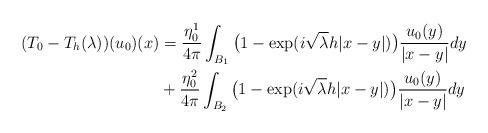
LaTeX: \begin{align*}(T_0-T_h(\lambda))(u_0)(x)&=\frac{\eta_0^1}{4\pi}\int_{B_1}\big(1-\exp({i\sqrt{\lambda}h|x-y|)}\big) \frac{u_0(y)}{|x-y|}dy\\&+\frac{\eta_0^2}{4\pi}\int_{B_2}\big(1-\exp({i\sqrt{\lambda}h|x-y|)}\big) \frac{u_0(y)}{|x-y|}dy\end{align*}